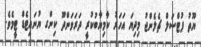
ޔޫތު ފުޓްސަލް ޗެލެންޖު މިދިޔަ އަހަރު ކާމިޔާބުކުރީ ދަރަވަންދޫ ކިންގ ޔުނައިޓެޑް ޓީމެވެ.